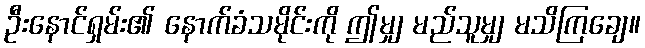
ဦးနောင်ရှမ်း၏ နောက်ခံသမိုင်းကို ဤမျှ မည်သူမျှ မသိကြချေ။